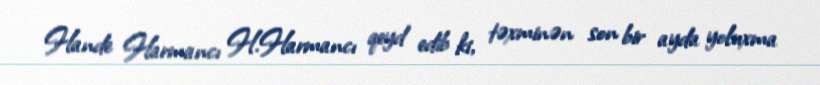
Hande Harmancı H.Harmancı qeyd edib ki, təxminən son bir ayda yoluxma